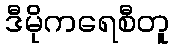
ဒီမိုကရေစီတူ